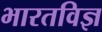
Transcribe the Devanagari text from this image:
भारतविज्ञ